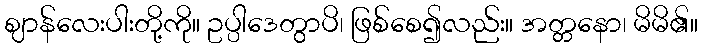
ဈာန်လေးပါးတို့ကို။ ဥပ္ပါဒေတွာပိ၊ ဖြစ်စေ၍လည်း။ အတ္တနော၊ မိမိ၏။